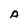
Character: A